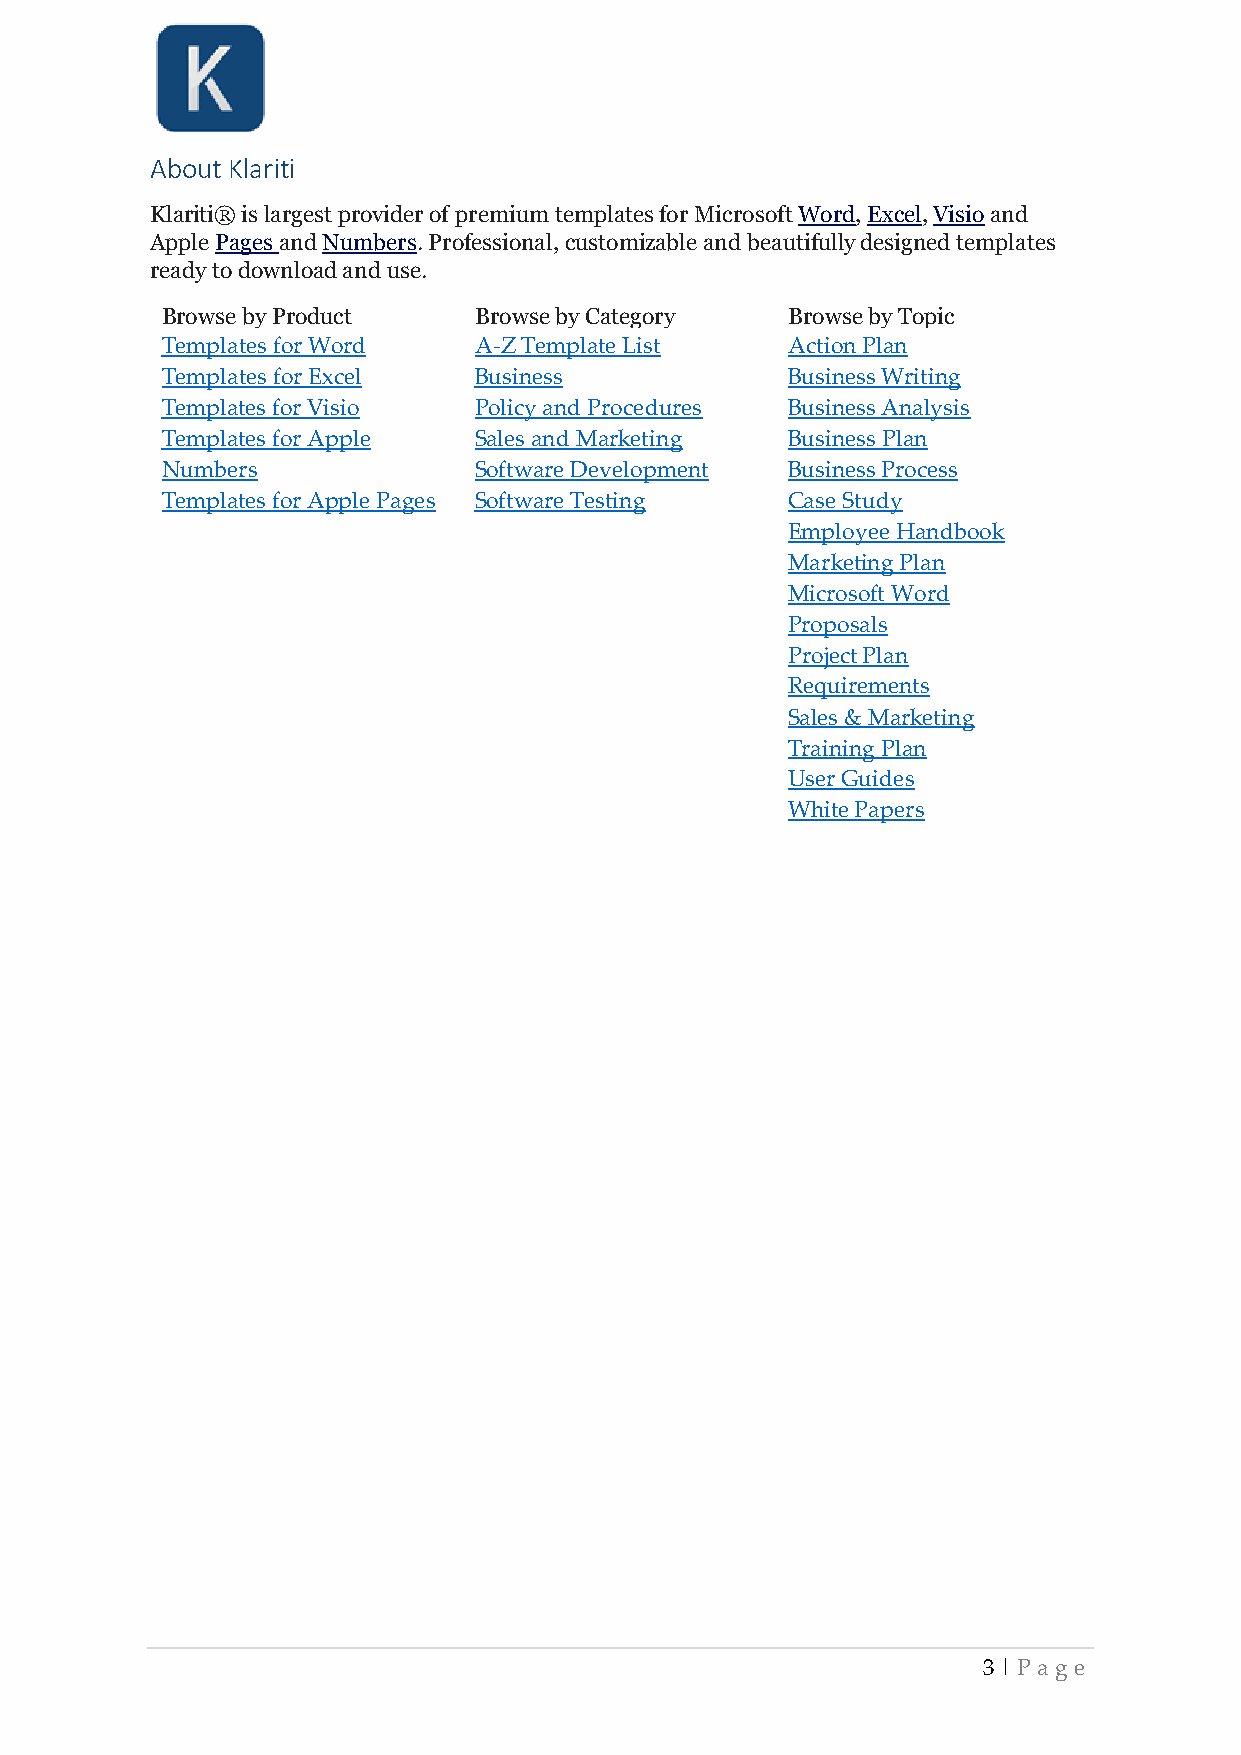
About Klariti
 Klariti® is largest provider of premium templates for Microsoft Word, Excel, Visio and
 Apple Pages and Numbers. Professional, customizable and beautifully designed templates
 ready to download and use.
 Browse by Product   Browse by Category   Browse by Topic
 Templates for Word  A-Z Template List    Action Plan
 Templates for Excel Business             Business Writing
 Templates for Visio Policy and Procedures Business Analysis
 Templates for Apple Sales and Marketing  Business Plan
 Numbers             Software Development Business Process
 Templates for Apple Pages Software Testing Case Study
 Employee Handbook
 Marketing Plan
 Microsoft Word
 Proposals
 Project Plan
 Requirements
 Sales & Marketing
 Training Plan
 User Guides
 White Papers
 3 | P age